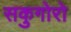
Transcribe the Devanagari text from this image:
सकुगोरो